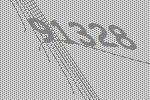
91328